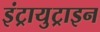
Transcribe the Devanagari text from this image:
इंट्रायुट्राइन